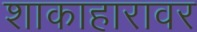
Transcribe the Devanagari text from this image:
शाकाहारावर